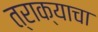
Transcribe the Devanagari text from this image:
त्राक्याचा